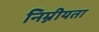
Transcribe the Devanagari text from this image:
निम्नीयता